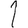
Digit: 1